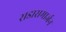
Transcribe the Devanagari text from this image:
सडासमार्जन